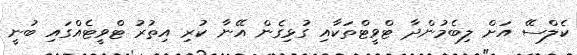
ކެލްސޭ އަށް ލިބެމުންދާ ޓްވީޓްތަކާއި ގުޅިގެން އޭނާ ކުރި އިތުރު ޓްވީޓެއްގައި ބުނީ